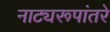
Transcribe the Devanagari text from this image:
नाट्यरूपांतरे